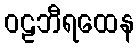
ဝဠဘီရထေန